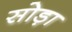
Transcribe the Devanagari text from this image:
सोड़ा